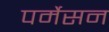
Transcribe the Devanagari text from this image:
पर्मेसन